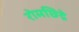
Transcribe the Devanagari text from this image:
रोमछिद्रे